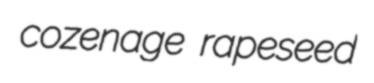
cozenage rapeseed